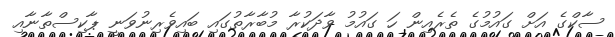
ސާކްގެ އަށް ގައުމުގެ ތެރެއިން ހަ ގައުމު ވާދަކުރާ މުބާރާތުގައި ބައިވެރިނުވަނީ ޕާކިސްތާނާއި